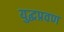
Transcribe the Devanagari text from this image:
युद्धप्रवण